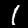
Label: 1